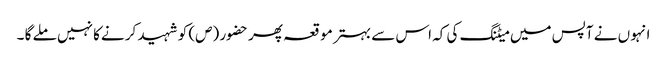
انہو ں نے آپس میں میٹنگ کی کہ اس سے بہتر مو قعہ پھر حضور (ص) کو شہید کر نےکا نہیں ملے گا ۔